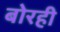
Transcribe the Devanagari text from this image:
बोरही